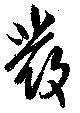
發